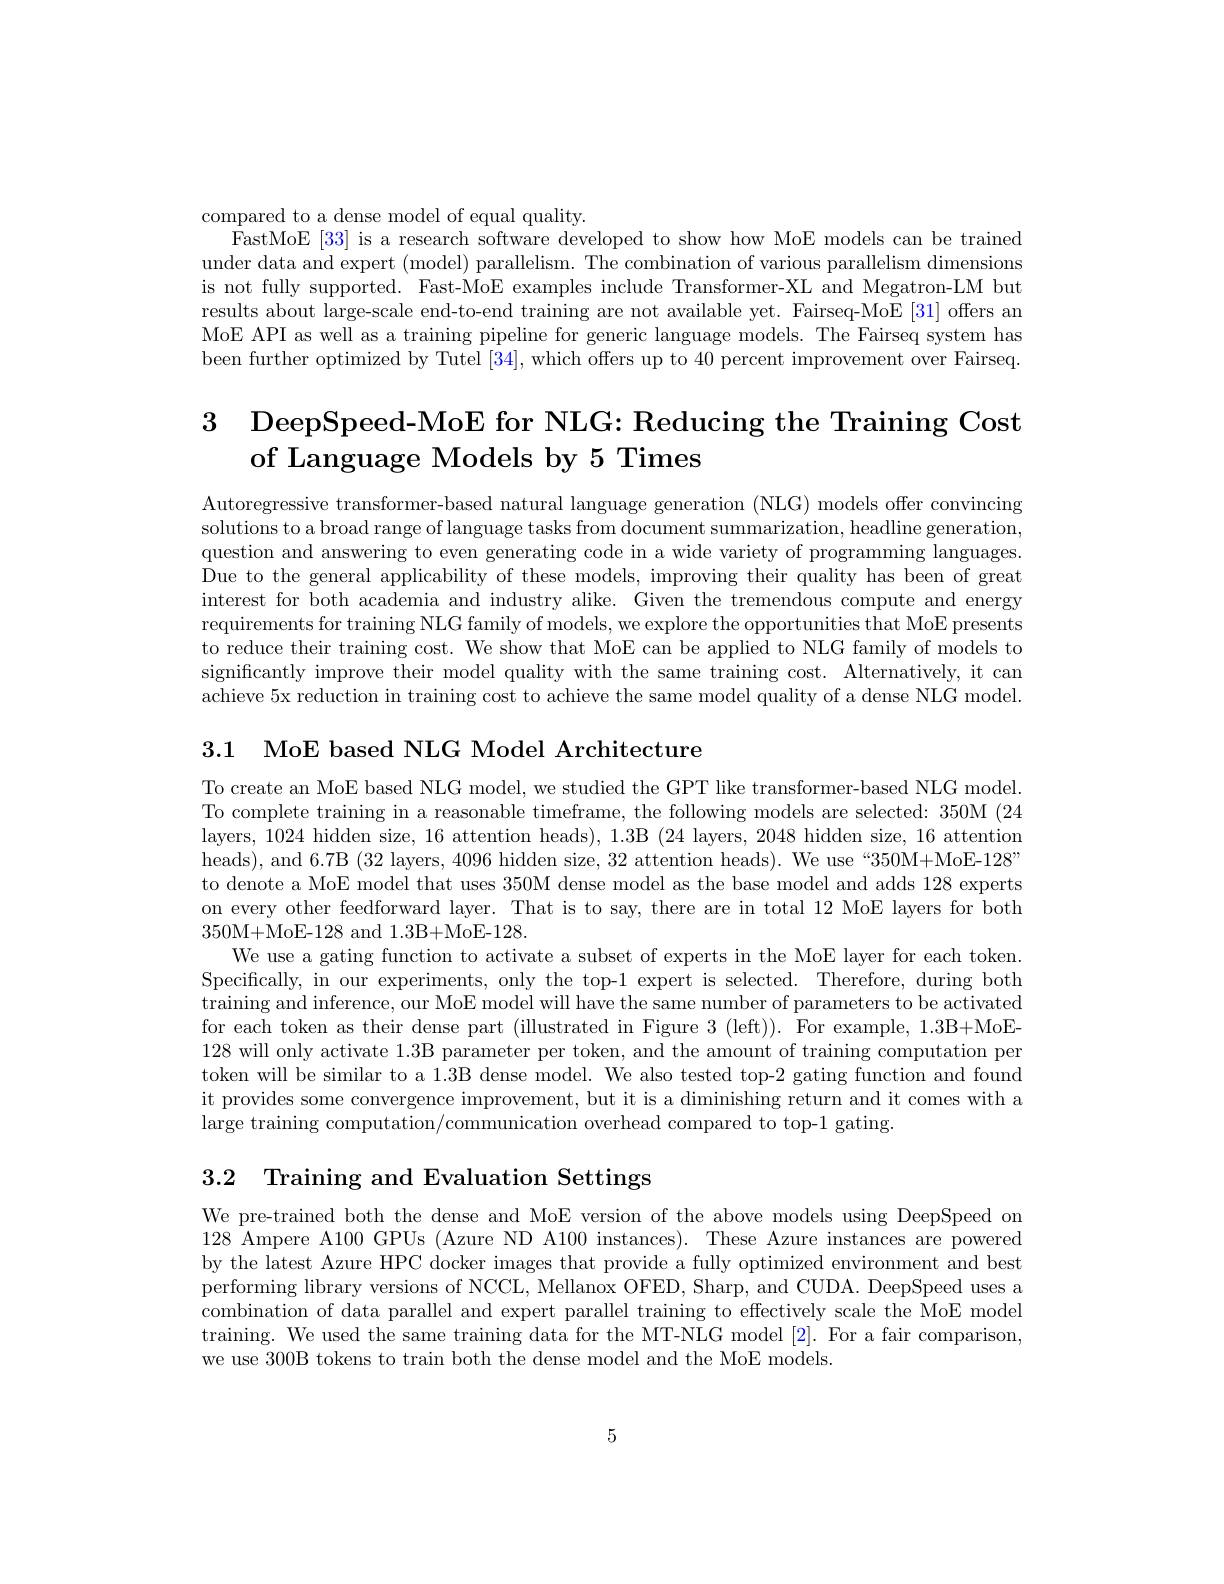
compared to a dense model of equal quality.
FastMoE [33] is a research software developed to show how MoE models can be trained under data and expert (model) parallelism. The combination of various parallelism dimensions is not fully supported. Fast-MoE examples include Transformer-XL and Megatron-LM but results about large-scale end-to-end training are not available yet. Fairseq-MoE [31] offers an MoE API as well as a training pipeline for generic language models. The Fairseq system has been further optimized by Tutel [34], which offers up to 40 percent improvement over Fairseq.

# 3 DeepSpeed-MoE for NLG: Reducing the Training Cost of Language Models by 5 Times

Autoregressive transformer-based natural language generation (NLG) models offer convincing solutions to a broad range of language tasks from document summarization, headline generation, question and answering to even generating code in a wide variety of programming languages Due to the general applicability of these models, improving their quality has been of great interest for both academia and industry alike. Given the tremendous compute and energy requirements for training NLG family of models, we explore the opportunities that MoE presents to reduce their training cost. We show that MoE can be applied to NLG family of models to significantly improve their model quality with the same training cost. Alternatively, it can achieve 5x reduction in training cost to achieve the same model quality of a dense NLG model

3.1 MoE based NLG Model Architecture

To create an MoE based NLG model, we studied the GPT like transformer-based NLG model To complete training in a reasonable timeframe, the following models are selected: 350M (2419-19) layers, 1024 hidden size, 16 attention heads), 1.3B (24 layers, 2048 hidden size, 16 attention heads), and 6.7B (32 layers, 4096 hidden size, 32 attention heads). We use “350M+MoE-128” to denote a MoE model that uses 350M dense model as the base model and adds 128 experts on every other feedforward layer. That is to say, there are in total 12 MoE layers for both 350M+MoE-128 and 1.3B+MoE-128
We use a gating function to activate a subset of experts in the MoE layer for each token. Specifically, in our experiments, only the top-1 expert is selected. Therefore, during both training and inference, our MoE model will have the same number of parameters to be activated for each token as their dense part (illustrated in Figure 3 (left)). For example, 1.3B+MoE- 128 will only activate 1.3B parameter per token, and the amount of training computation per token will be similar to a 1.3B dense model. We also tested top-2 gating function and found it provides some convergence improvement, but it is a diminishing return and it comes with a large training computation/communication overhead compared to top-1 gating.

3.2 Training and Evaluation Settings

We pre-trained both the dense and MoE version of the above models using DeepSpeed on 128 Ampere A100 GPUs (Azure ND A100 instances). These Azure instances are powered by the latest Azure HPC docker images that provide a fully optimized environment and best performing library versions of NCCL, Mellanox OFED, Sharp, and CUDA. DeepSpeed uses a combination of data parallel and expert parallel training to effectively scale the MoE model training. We used the same training data for the MT-NLG model [2]. For a fair comparison, we use 300B tokens to train both the dense model and the MoE models

5